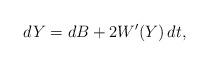
LaTeX: \begin{align*}dY=dB+2 W'(Y)\, dt,\end{align*}